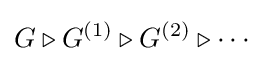
G\triangleright G^{(1)}\triangleright G^{(2)}\triangleright \cdots